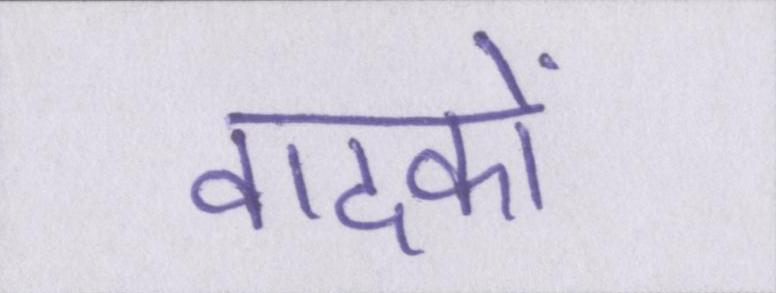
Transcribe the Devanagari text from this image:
वादकों